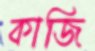
কাজি